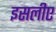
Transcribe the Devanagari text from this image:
इसलीए